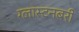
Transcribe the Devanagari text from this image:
ग्लास्टनबरी